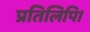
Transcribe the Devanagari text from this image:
प्रतिलिपि।